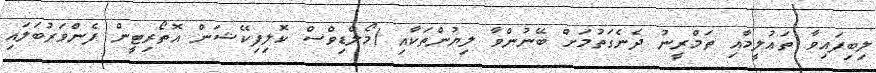
ލިބިފައިވާ ތަޢުލީމާއި ތަމްރީނު ދެނެގަތުމަށް ބޭނުންވާ ލިޔުންތަކާއި (މޯލްޑިވްސް ކޮލިފިކޭޝަން އޮތޯރިޓީން ފެންވަރުބަލައި